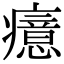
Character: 癔